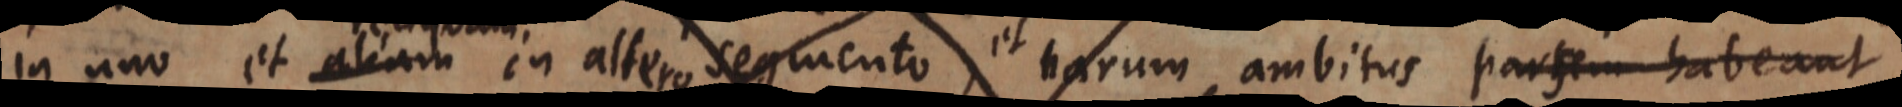
in uno et aliam altero segmento, et harum ambitus partem habeant